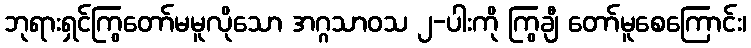
ဘုရားရှင်ကြွတော်မမူလိုသော အဂ္ဂသာဝသ ၂-ပါးကို ကြွချီ တော်မူစေကြောင်း၊